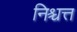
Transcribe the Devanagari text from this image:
निश्चत्त